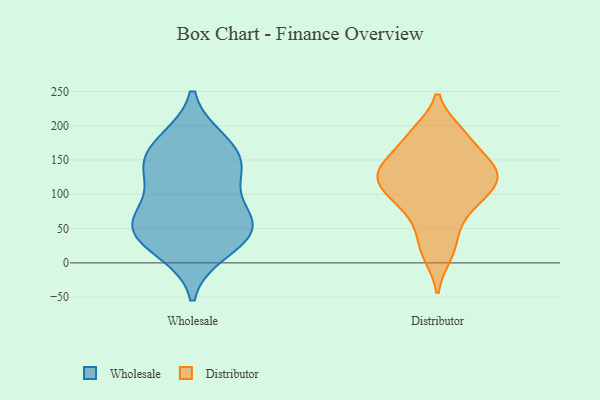
{"axis": {"x": "Backlog", "y": "Value"}, "legend": ["Distributor", "Wholesale"], "data": [{"x": "", "y": 178, "type": "Wholesale"}, {"x": "", "y": 17, "type": "Wholesale"}, {"x": "", "y": 27, "type": "Wholesale"}, {"x": "", "y": 126, "type": "Wholesale"}, {"x": "", "y": 175, "type": "Wholesale"}, {"x": "", "y": 67, "type": "Wholesale"}, {"x": "", "y": 47, "type": "Wholesale"}, {"x": "", "y": 62, "type": "Wholesale"}, {"x": "", "y": 54, "type": "Wholesale"}, {"x": "", "y": 123, "type": "Wholesale"}, {"x": "", "y": 60, "type": "Wholesale"}, {"x": "", "y": 149, "type": "Wholesale"}, {"x": "", "y": 146, "type": "Wholesale"}, {"x": "", "y": 159, "type": "Distributor"}, {"x": "", "y": 11, "type": "Distributor"}, {"x": "", "y": 142, "type": "Distributor"}, {"x": "", "y": 191, "type": "Distributor"}, {"x": "", "y": 132, "type": "Distributor"}, {"x": "", "y": 126, "type": "Distributor"}, {"x": "", "y": 102, "type": "Distributor"}, {"x": "", "y": 40, "type": "Distributor"}, {"x": "", "y": 111, "type": "Distributor"}, {"x": "", "y": 188, "type": "Distributor"}, {"x": "", "y": 137, "type": "Distributor"}, {"x": "", "y": 74, "type": "Distributor"}, {"x": "", "y": 93, "type": "Distributor"}]}